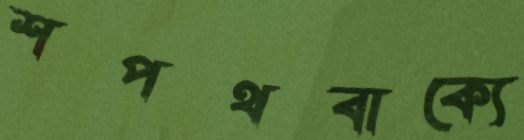
শপথবাক্যে